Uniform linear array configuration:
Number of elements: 16
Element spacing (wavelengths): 0.5
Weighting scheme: blackman
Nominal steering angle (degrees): -15
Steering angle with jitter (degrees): -16.219
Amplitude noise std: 0.05
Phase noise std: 0.05

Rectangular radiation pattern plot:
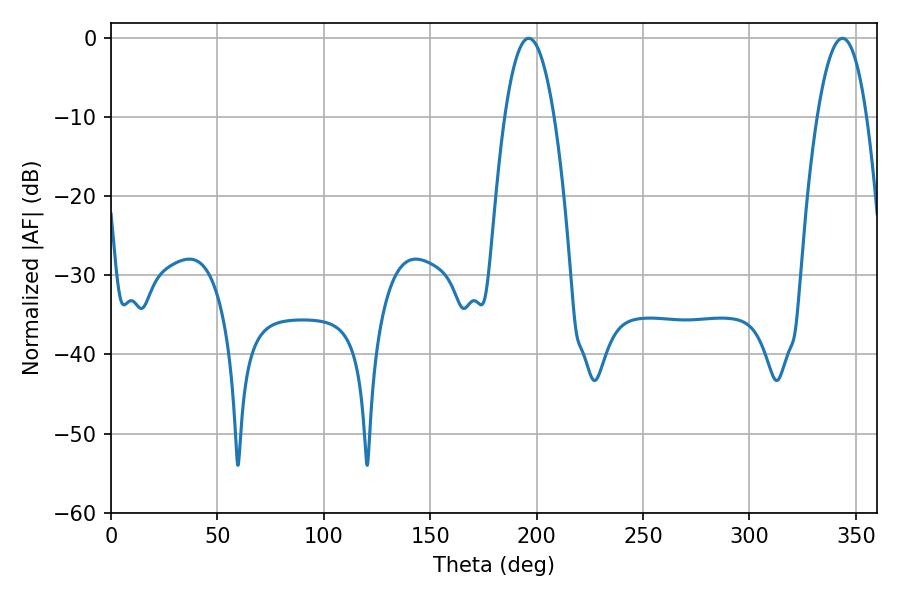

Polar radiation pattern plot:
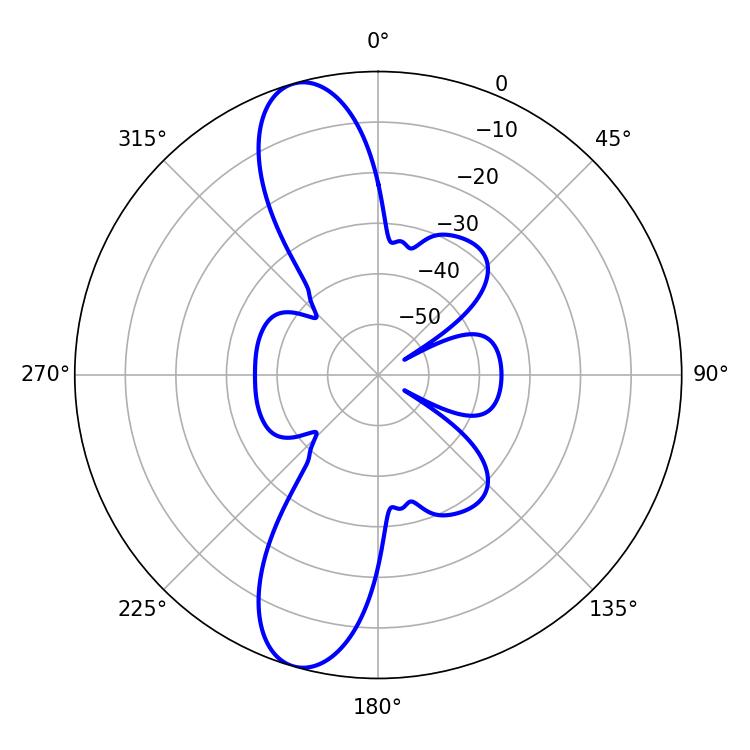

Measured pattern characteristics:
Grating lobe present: FALSE
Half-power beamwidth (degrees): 12.96
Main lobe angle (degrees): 196.38